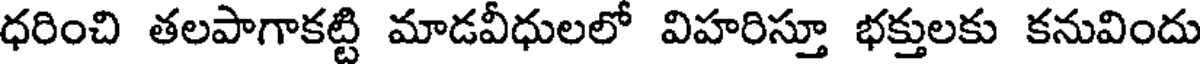
ధరించి తలపాగాకట్టి మాడవీధులలో విహరిస్తూ భక్తులకు కనువిందు